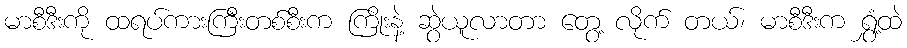
မာစီဒီးကို ထရပ်ကားကြီးတစ်စီးက ကြိုးနဲ့ ဆွဲယူလာတာ တွေ့ လိုက် တယ်၊ မာစီဒီးက ရွှံ့ထဲ